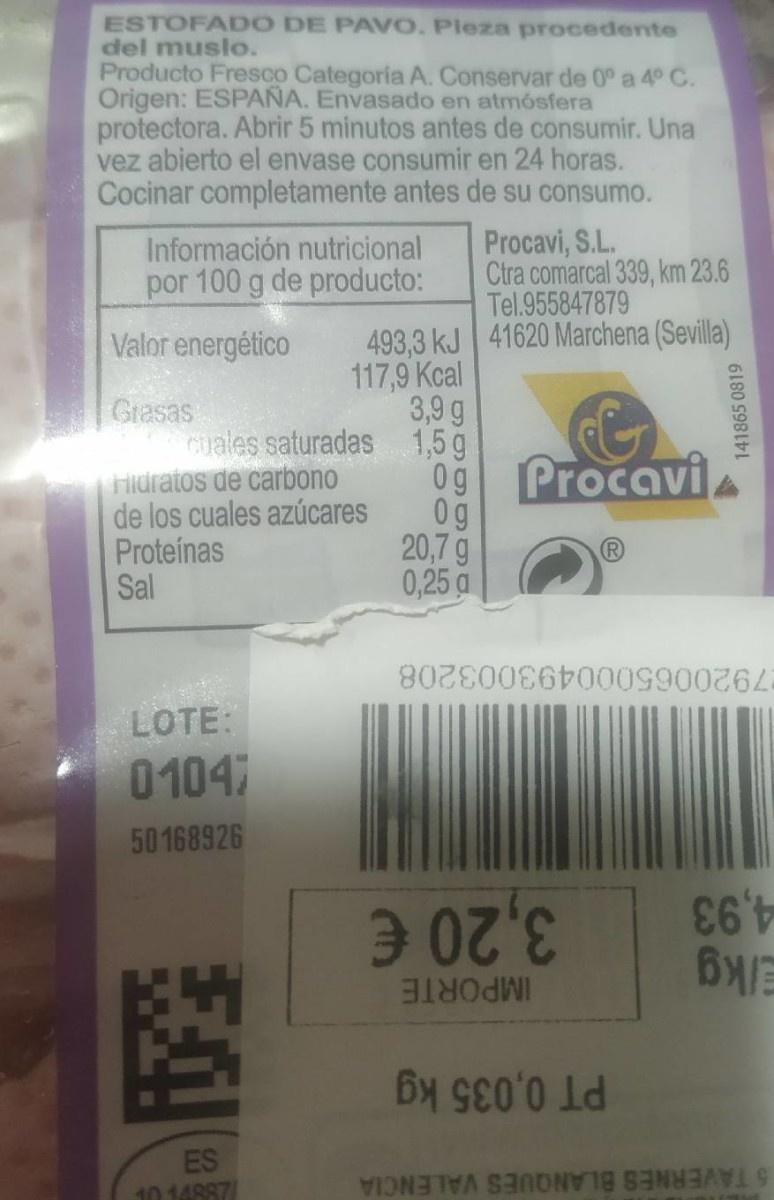
ESTOFAD O DE PAVO. Pleza procedente del muslo. Producto Fresco Categoría A. Conservar de 0° a 4° C. Origen: ESPAÑA. Envasado en atmósfera protectora. Abrir 5 minutos antes de consumir. Una vez abierto el envase consumir en 24 horas. Cocinar completamente antes de su consumo. Procavi, S.L. Ctra comarcal 339, km 23.6 Tel.955847879 Información nutricional por 100 g de producto: 493,3 kJ 41620 Marchena (Sevilla) 117,9 Kcal 3,9 g Valor energético Grasas cuales saturadas 1,5g Hidratos de carbono de los cuales azúcares Proteínas Sal 0g Procavi 0g 20,7 g 0,25 a 7920065000493003208 LOTE: 0104 50168926 4,93 Elkg 3,20€ IMPORTE PT 0,035 kg ES 10 14887/ 5 TAVERNES BLANQUES VALENCIA 1418650819